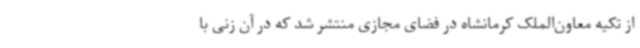
از تکیه معاون‌الملک کرمانشاه در فضای مجازی منتشر شد که در آن زنی با